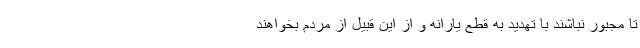
تا مجبور نباشند با تهدید به قطع یارانه و از این قبیل از مردم بخواهند